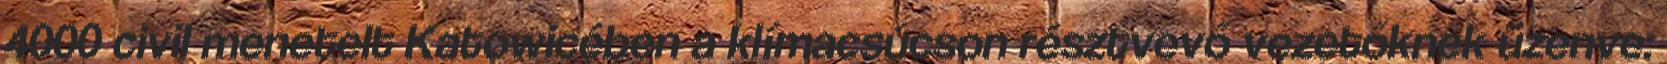
4000 civil menetelt Katowicében a klímacsúcson résztvevő vezetőknek üzenve: